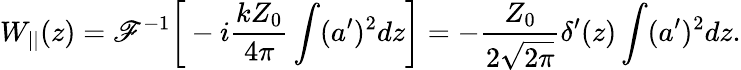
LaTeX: W_{||}(z)=\mathscr{F}^{-1}{\biggl[}-i\frac{kZ_{0}}{4\pi}\int(a^{\prime})^{2}dz{\biggl]}=-\frac{Z_{0}}{2\sqrt{2\pi}}\delta^{\prime}(z)\int(a^{\prime})^{2}dz.